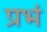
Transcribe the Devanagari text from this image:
प्रभं